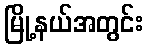
မြို့နယ်အတွင်း